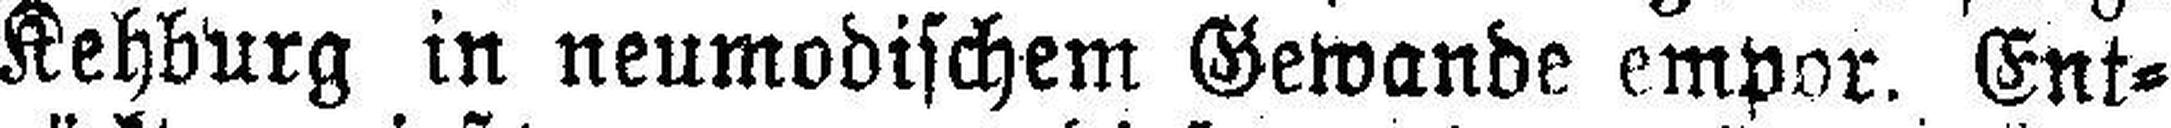
Kehburg in neumodischem Gewande empor. Ent¬